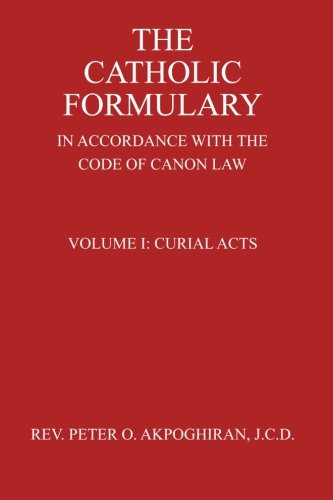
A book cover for The Catholic Formulary: In Accordance with the Code of Canon Law (Curial Acts) (Volume 1); J.C.D., Rev. Peter O. Akpoghiran; Christian Books & Bibles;